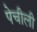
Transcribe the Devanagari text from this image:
पेचीली